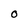
Character: O